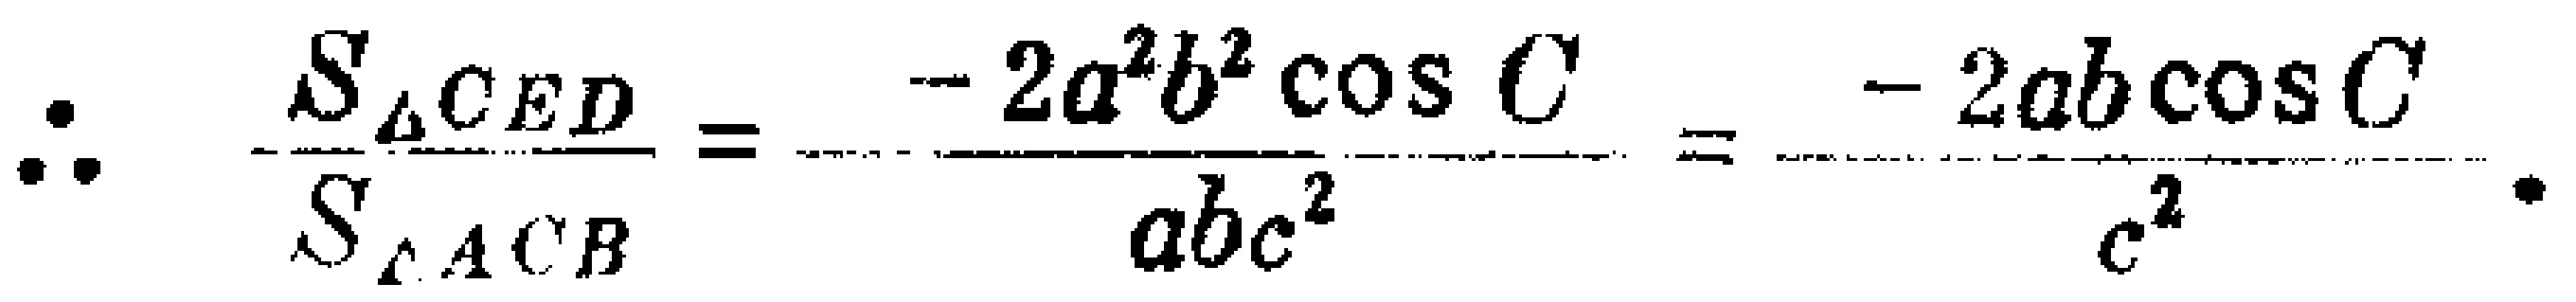
\(\therefore \frac{S_{\triangle CED}}{S_{\triangle ACB}}=\frac{- 2a^{2}b^{2}\cos C}{abc^{2}}=\frac{- 2ab\cos C}{c^{2}}.\)